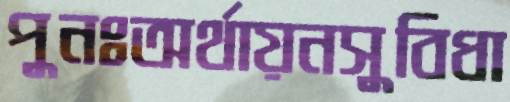
পুনঃঅর্থায়নসুবিধা